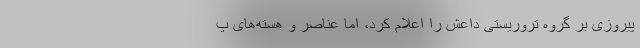
پیروزی بر گروه تروریستی داعش را اعلام کرد، اما عناصر و هسته‌های پ